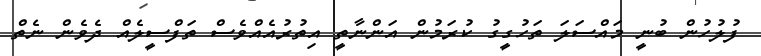
ފުލުހުން ބުނީ މައްސަލަ ތަހުގީގު ކުރަމުން އަންނާތީ އިތުރުއެއްވެސް ތަފްސީލެއް ދެވެން ނެތް